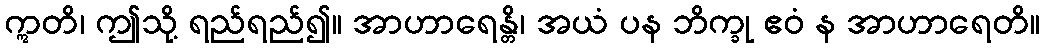
ဣတိ၊ ဤသို့ ရည်ရည်၍။ အာဟာရေန္တိ၊ အယံ ပန ဘိက္ခု ဧဝံ န အာဟာရေတိ။